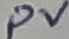
Text: PV